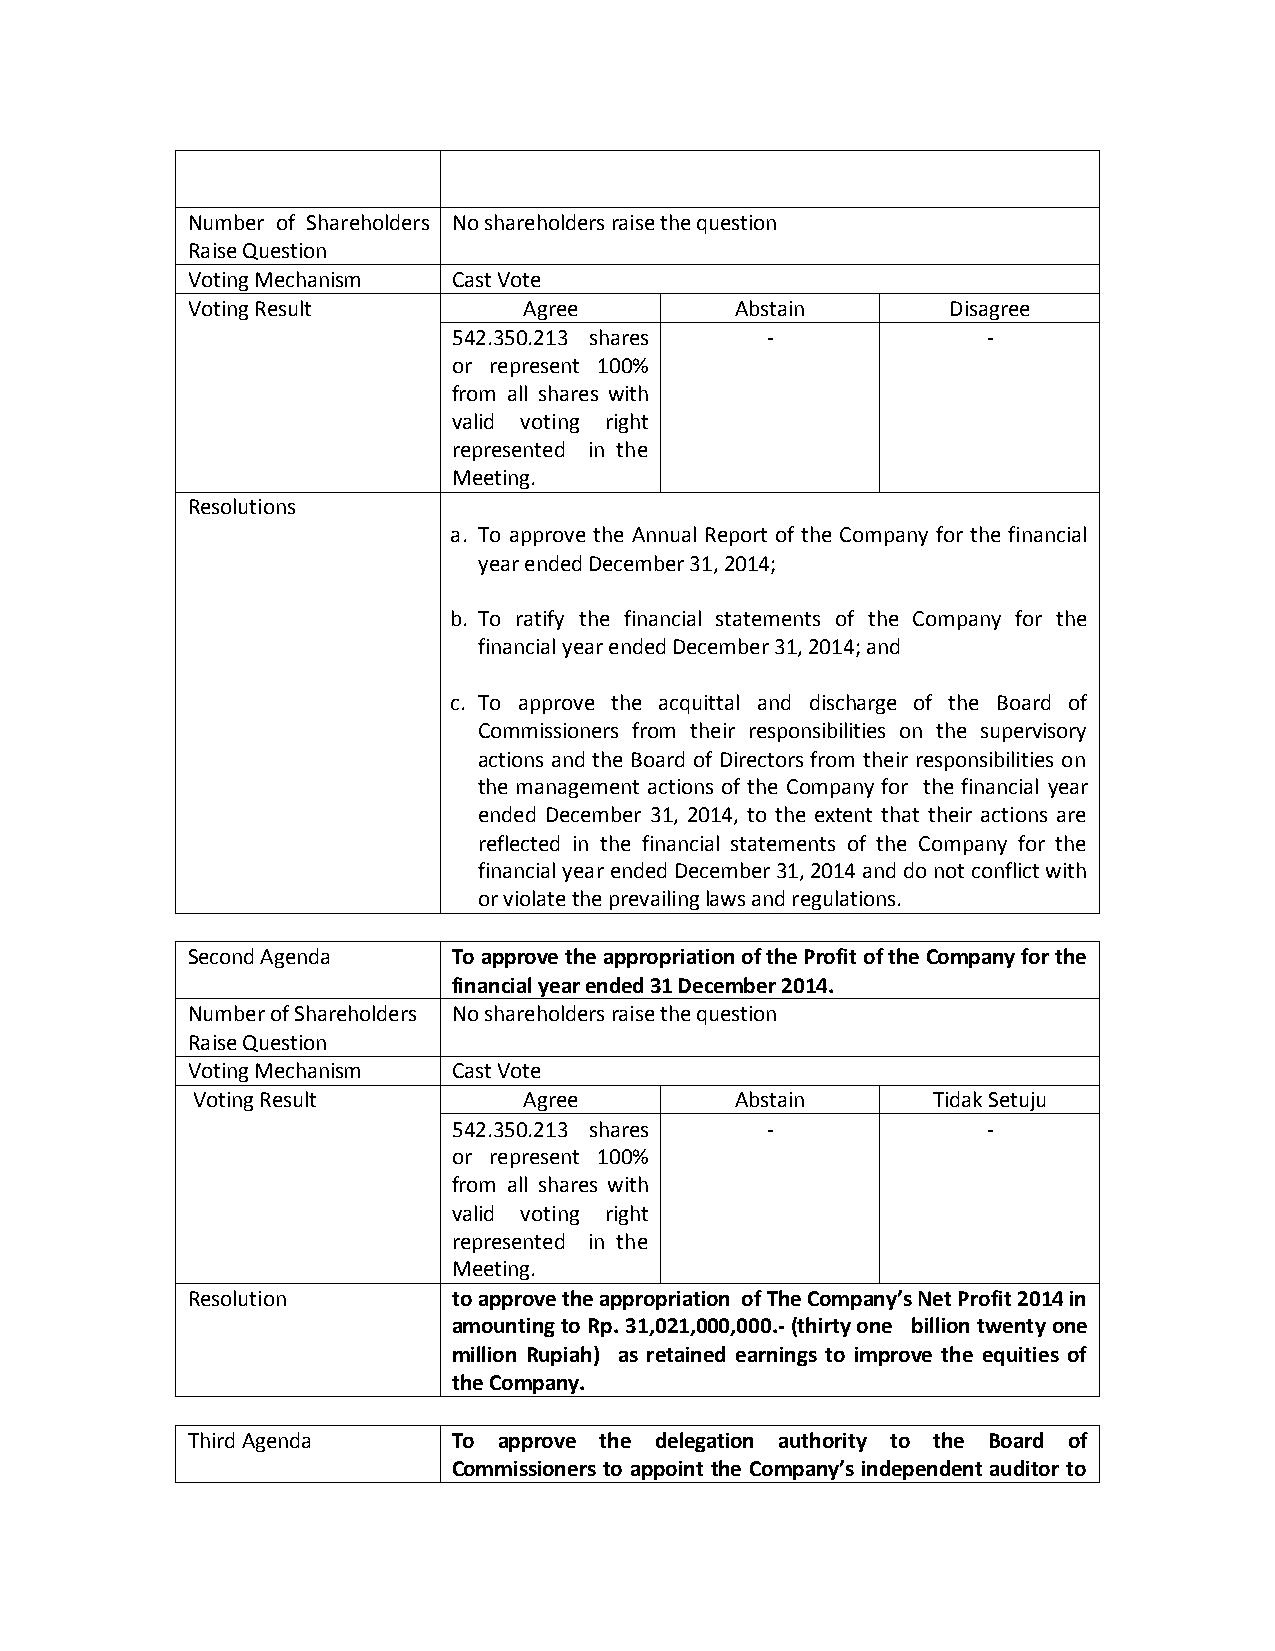
Number of Shareholders No shareholders raise the question
 Raise Question
 Voting Mechanism  Cast Vote
 Voting Result          Agree         Abstain       Disagree
 542.350.213 shares   -             -
 or represent 100%
 from all shares with
 valid voting right
 represented in the
 Meeting.
 Resolutions
 a. To approve the Annual Report of the Company for the financial
 year ended December 31, 2014;
 b. To ratify the financial statements of the Company for the
 financial year ended December 31, 2014; and
 c. To approve the acquittal and discharge of the Board of
 Commissioners from their responsibilities on the supervisory
 actions and the Board of Directors from their responsibilities on
 the management actions of the Company for the financial year
 ended December 31, 2014, to the extent that their actions are
 reflected in the financial statements of the Company for the
 financial year ended December 31, 2014 and do not conflict with
 or violate the prevailing laws and regulations.
 Second Agenda     To approve the appropriation of the Profit of the Company for the
 financial year ended 31 December 2014.
 Number of Shareholders No shareholders raise the question
 Raise Question
 Voting Mechanism  Cast Vote
 Voting Result         Agree         Abstain      Tidak Setuju
 542.350.213 shares   -             -
 or represent 100%
 from all shares with
 valid voting right
 represented in the
 Meeting.
 Resolution        to approve the appropriation of The Company’s Net Profit 2014 in
 amounting to Rp. 31,021,000,000.- (thirty one billion twenty one
 million Rupiah) as retained earnings to improve the equities of
 the Company.
 Third Agenda      To approve the delegation authority to the Board of
 Commissioners to appoint the Company’s independent auditor to